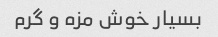
بسیار خوش مزه و گرم